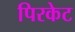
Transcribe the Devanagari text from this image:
पिरकेट